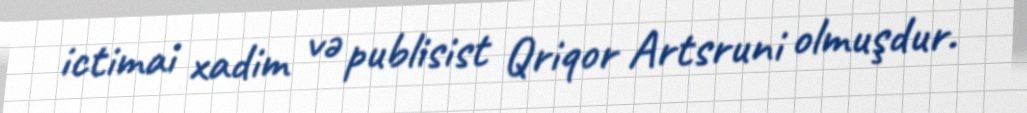
ictimai xadim və publisist Qriqor Artsruni olmuşdur.